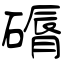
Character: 磭